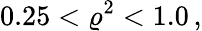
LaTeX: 0.25<\varrho^{2}<1.0\, ,